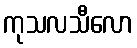
ကုသလသီလော